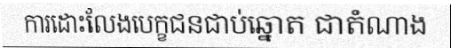
ការដោះលែងបេក្ខជនជាប់ឆ្នោត ជាតំណាង